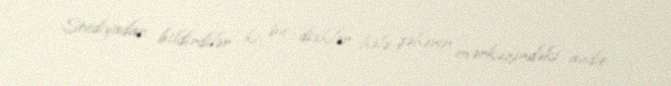
Studiyadan bildirdilər ki, bu disklər hələ şəhərin mərkəzindəki audio